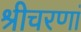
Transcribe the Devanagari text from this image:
श्रीचरणां